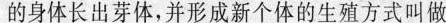
的身体长出芽体，并形成新个体的生殖方式叫做